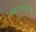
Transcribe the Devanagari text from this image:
वेदशाखानुसार